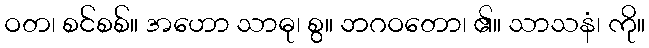
ဝတ၊ စင်စစ်။ အဟော သာဓု၊ စွ။ ဘဂဝတော၊ ၏။ သာသနံ၊ ကို။